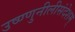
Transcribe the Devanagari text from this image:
उष्ण्णुनीलीसंदेशम्